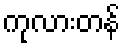
ကုလားတန်